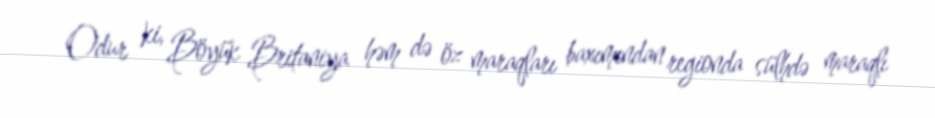
Odur ki, Böyük Britaniya həm də öz maraqları baxımından regionda sülhdə maraqlı